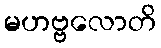
မဟဗ္ဗလောတိ